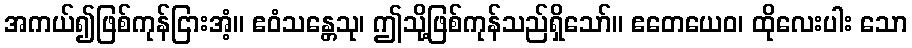
အကယ်၍ဖြစ်ကုန်ငြားအံ့။ ဧဝံသန္တေသု၊ ဤသို့ဖြစ်ကုန်သည်ရှိသော်။ ဧတေယေဝ၊ ထိုလေးပါး သော